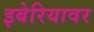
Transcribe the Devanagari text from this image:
इबेरियावर